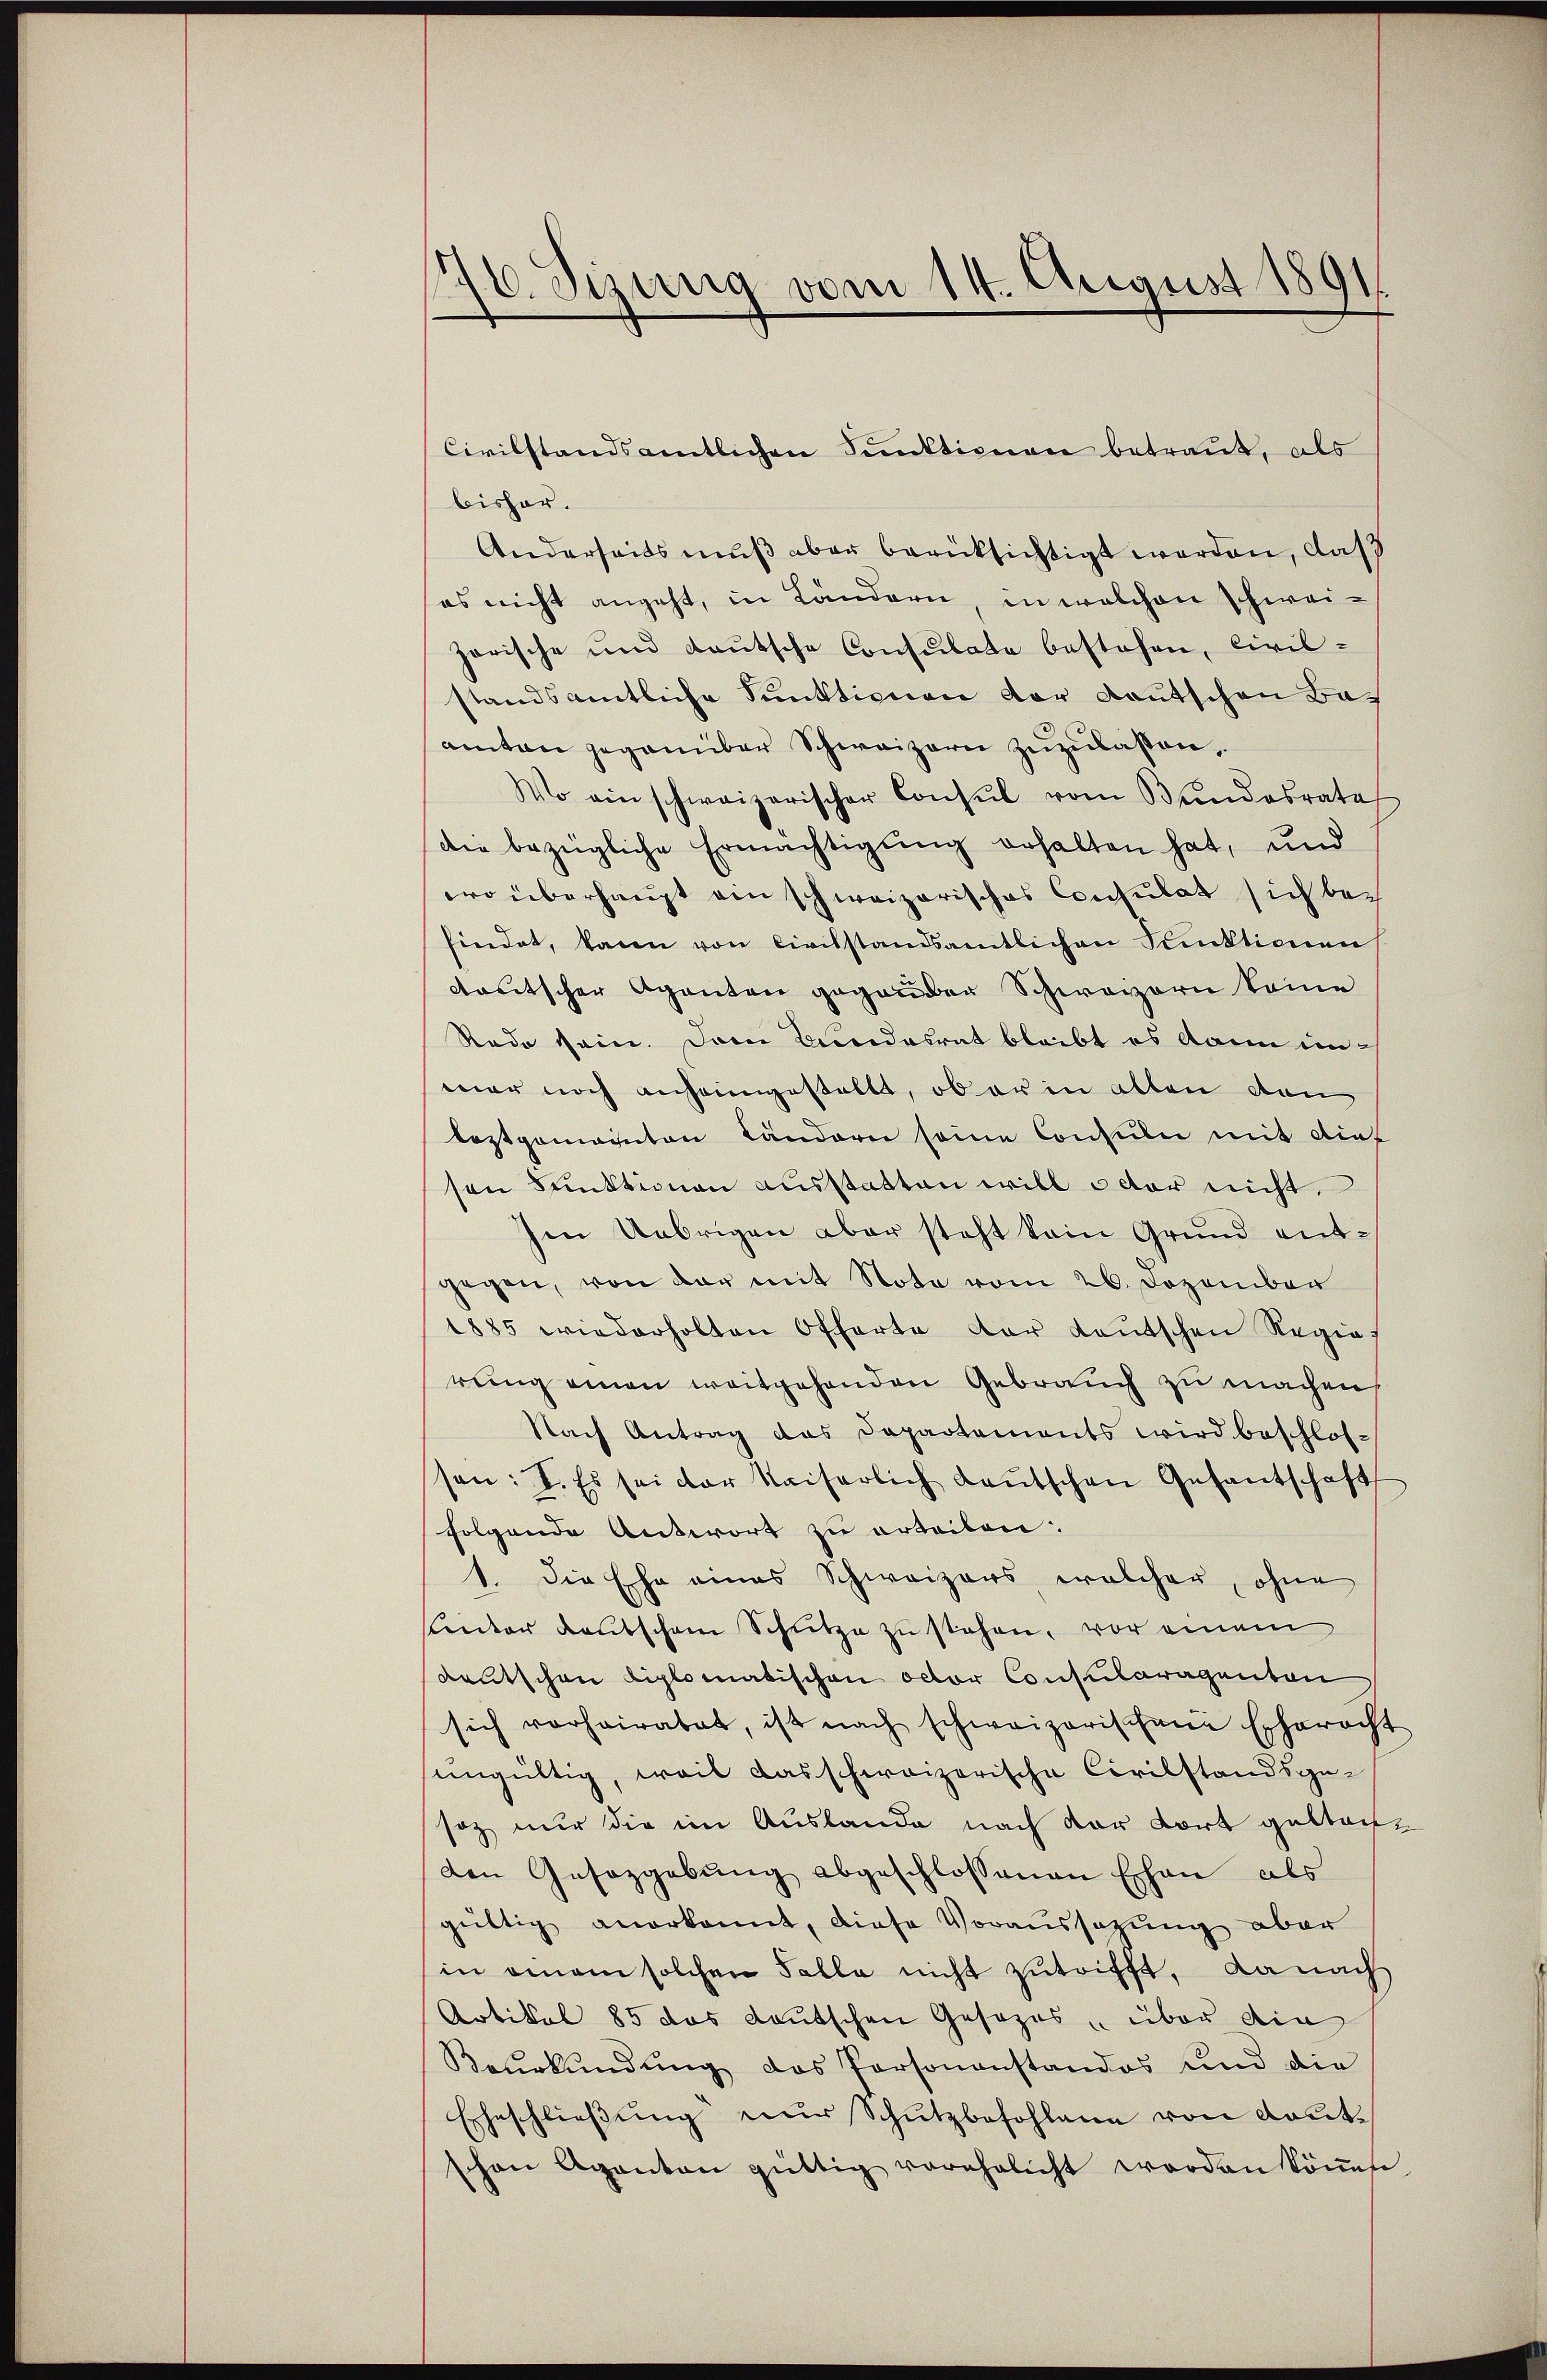
10. Sizung vom 14. August 1891

Civilstandsamtlichen Funktionen betraut, als
bisher.
Anderseits muß aber berücksichtigt worden, das
es nicht angeht, in Ländern in welchen schweizarische und deŭtsche Consulate bestehen, Civil-
standsamtliche Funktionen der Deutschen Baamten gegenüber Schweizern zuzulaßen,
Wo ein schweizerischer Consul vom Bundesrate
die bezügliche Ermächtigung erhalten hat, und
wo überhaupt ein schweizerisches Consulat sich befindet, kann von Civilstandsamtlichen Funktionen
deutscher Agenten gegender Schweizern keine
Rade sein. Dem Bundesrat bleibt es dann inwar noch anheimgestellt, ob er in allen den
leztgemainten Ländern seine Consuln mit diet
sen Funktionen ausstatten will oder nicht.
Ien Uebrigen aber steht kain Grund entgegen, von der mit Note vom 26. Dezember
1885 wiederholten Offerte der Laŭtschen Regie
reing einen weitgehenden Gebrauch zu machen
Nach Antrag das Departements wird beschlos-
sen: I. Es sei der Kaiserlich Laŭtschen Gesantschaft
folgende Antwort zu erteilen.
1. Die Ehe eines Schweizers welcher, ohne
unter deutschem Schütze zu stehen, vor einem
deutschen Liplomatischen octor Consularagenten
sich vorheiratet, ist nach schweizerischene Erharacht
eingültig, weil das schweizerische Civilstandsge-
soz nur die im Auslande nach der dort gelten
den Gesazgabŭng abgeschlossenen Ehen als
gültig anerkannt, diese Voraussatzung aber
in einem solchen Falle nicht zutrifft, da nach
Artikel 85 das Lautschen Gesezes über ein
Beŭrkŭndŭng des Personanstandos und die
Eheschlieβŭng nur Schutzbefohlane von Kont.
schon Aganton güttig vorehelicht worden köṅen.